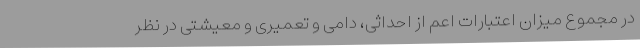
در مجموع میزان اعتبارات اعم از احداثی، دامی و تعمیری و معیشتی در نظر